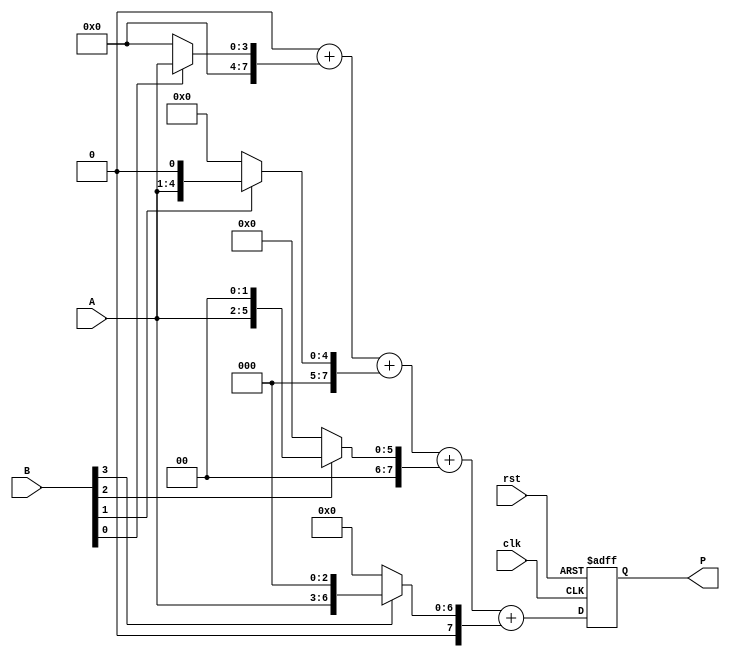
module vedic_multiplier #(parameter N = 4) (
    input  wire [N-1:0] A,
    input  wire [N-1:0] B,
    input  wire clk,
    input  wire rst,
    output reg [2*N-1:0] P
);

    reg [2*N-1:0] partial_products [0:N-1];
    integer i, j;

    // Generate partial products
    always @(posedge clk or posedge rst) begin
        if (rst) begin
            P <= 0;
        end else begin
            // Initialize partial products to zero
            for (i = 0; i < N; i = i + 1) begin
                partial_products[i] = 0;
            end
            
            // Generate partial products
            for (i = 0; i < N; i = i + 1) begin
                if (B[i]) begin
                    partial_products[i] = A << i; // Shift A by i positions
                end
            end
            
            // Sum partial products
            P = 0;
            for (i = 0; i < N; i = i + 1) begin
                P = P + partial_products[i];
            end
        end
    end

endmodule